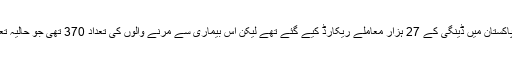
اس سے پہلے سال 2011 میں پاکستان میں ڈینگی کے 27 ہزار معاملے ریکارڈ کیے گئے تھے لیکن اس بیماری سے مرنے والوں کی تعداد 370 تھی جو حالیہ تعداد سے تقریباً چھ گنا زیادہ تھی۔